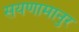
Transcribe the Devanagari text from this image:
सयणामानुर